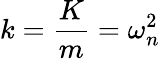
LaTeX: k=\frac{K}{m}=\omega_{n}^{2}